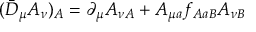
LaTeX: ( \bar { D } _ { \mu } A _ { \nu } ) _ { A } = \partial _ { \mu } A _ { \nu A } + A _ { \mu a } f _ { A a B } A _ { \nu B }